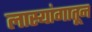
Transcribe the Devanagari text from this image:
लास्यांगातून